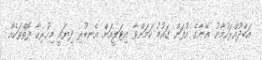
އަބްދުއްރަހުމާނު އޭނާގެ އުފަން ގައުމު ކަމަށްވާ އިޓަލީއަށް އެނބުރި ދިޔައީ މިހުރިހާ ފޮތްތަކެއް